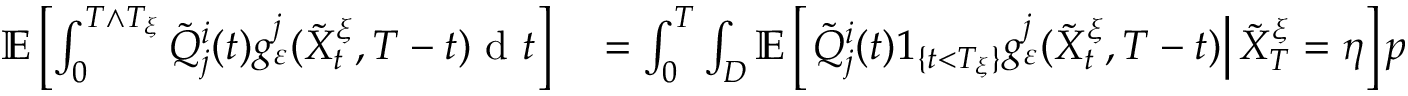
\begin{array} { r l } { \mathbb { E } \left[ \int _ { 0 } ^ { T \wedge T _ { \xi } } \tilde { Q } _ { j } ^ { i } ( t ) g _ { \varepsilon } ^ { j } ( \tilde { X } _ { t } ^ { \xi } , T - t ) \textrm { d } t \right] } & { { } = \int _ { 0 } ^ { T } \int _ { D } \mathbb { E } \left[ \left. \tilde { Q } _ { j } ^ { i } ( t ) 1 _ { \{ t < T _ { \xi } \} } g _ { \varepsilon } ^ { j } ( \tilde { X } _ { t } ^ { \xi } , T - t ) \right| \tilde { X } _ { T } ^ { \xi } = \eta \right] p _ { - u _ { T } } ( 0 , \xi , T , \eta ) \textrm { d } \eta \textrm { d } t } \end{array}